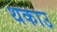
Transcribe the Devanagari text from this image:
थकाउ